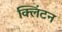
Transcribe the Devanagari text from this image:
क्‍लिंटन